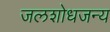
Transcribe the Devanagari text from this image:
जलशोधजन्य